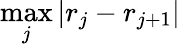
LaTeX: \operatorname*{max}_{j}|r_{j}-r_{j+1}|